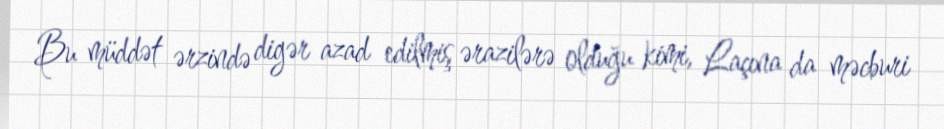
Bu müddət ərzində digər azad edilmiş ərazilərə olduğu kimi, Laçına da məcburi